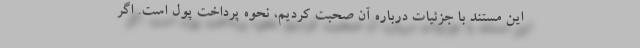
این مستند با جزئیات درباره آن صحبت کردیم، نحوه پرداخت پول است. اگر